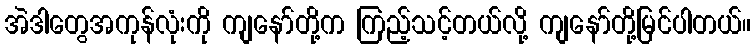
အဲဒါတွေအကုန်လုံးကို ကျနော်တို့က ကြည့်သင့်တယ်လို့ ကျနော်တို့မြင်ပါတယ်။